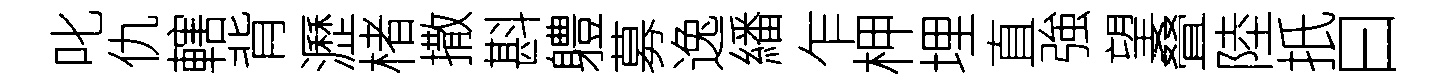
叱仇轄背瀝楮撒斟軆募逸繙乍柙埋直強望叠陸扺曰